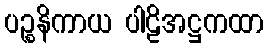
ပဉ္စနိကာယ ပါဠိအဋ္ဌကထာ